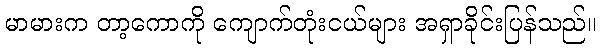
မာမားက တာ့ကောကို ကျောက်တုံးငယ်များ အရှာခိုင်းပြန်သည်။